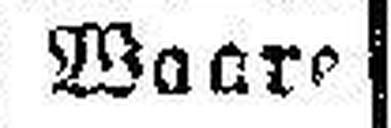
Waare